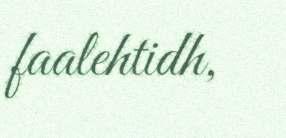
faalehtidh,